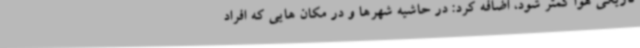
تاریکی هوا کمتر شود، اضافه کرد: در حاشیه شهرها و در مکان هایی که افراد